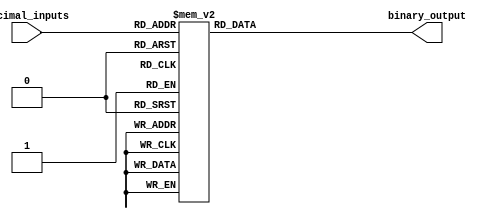
module priority_encoder(
    input [3:0] decimal_inputs,
    output reg [2:0] binary_output
);

always @* begin
    case(decimal_inputs)
        4'b0001: binary_output = 3'b000;
        4'b0010: binary_output = 3'b001;
        4'b0011: binary_output = 3'b010;
        4'b0100: binary_output = 3'b011;
        4'b0101: binary_output = 3'b100;
        4'b0110: binary_output = 3'b101;
        4'b0111: binary_output = 3'b110;
        4'b1000: binary_output = 3'b111;
        default: binary_output = 3'b000; // Default case if no inputs are active
    endcase
end

endmodule